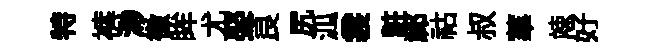
特裤渺徼眸尤娶良尻泒裳粧祁祜叔蕐竦好